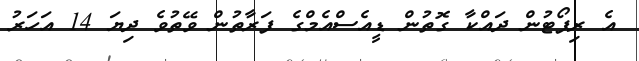
އެ ރިޕޯޓުން ދައްކާ ގޮތުން ޑީއެސްއެމްގެ ފަރާތުން ވޭތުވެ ދިޔަ 14 އަހަރު